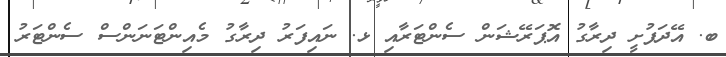
ބ. އޭދަފުށީ ދިރާގު އޮޕަރޭޝަން ސެންޓަރާއި ޅ. ނައިފަރު ދިރާގު މެއިންޓަނަންސް ސެންޓަރު